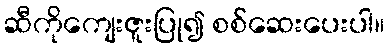
ဆီကိုကျေးဇူးပြု၍ စစ်ဆေးပေးပါ။